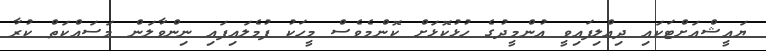
ޔައީޝްއަށްޓަކައި ދިއްލިފައިވީ އުންމީދުގެ ހުޅުކޮޅަށް ކޮންމެވެސް މީހަކު ފުމެލައިފައި ނިންވާލަން މަސައްކަތް ކުރާ